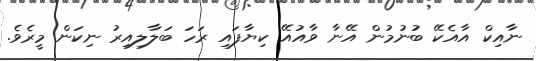
ނާއިކް އާއެކޭ ބުނުމުން އޭނާ ވާއުއޭ ކިޔާފައި ރަހަ ބަލާލިއިރު ނިކަން މީރެވެ.